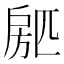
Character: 𱟢